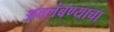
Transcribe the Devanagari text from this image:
अवलंबण्याचा